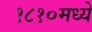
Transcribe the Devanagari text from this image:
१८१०मध्ये